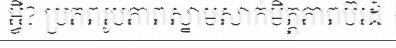
អ្វី? ប្រភពរូបភាពស្នាមសាក់មិត្តភាពប៊រដ៍